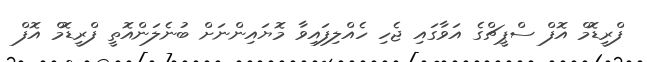
ފްރީޑޮމް އޮފް ސްޕީޗްގެ އަވާގައި ޖެހި ހެއްލިފައިވާ މޮޔައިންނަށް ބުނެލަންއޮތީ ފްރީޑޮމް އޮފް